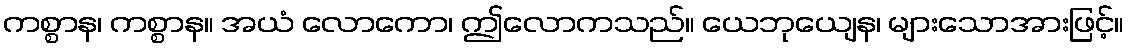
ကစ္စာန၊ ကစ္စာန။ အယံ လောကော၊ ဤလောကသည်။ ယေဘုယျေန၊ များသောအားဖြင့်။